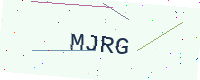
Text: MJRG